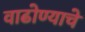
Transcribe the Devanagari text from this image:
वाढोण्याचे